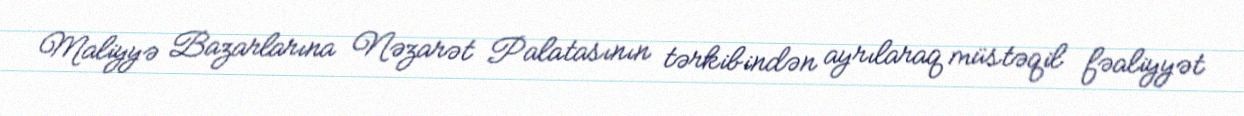
Maliyyə Bazarlarına Nəzarət Palatasının tərkibindən ayrılaraq müstəqil fəaliyyət